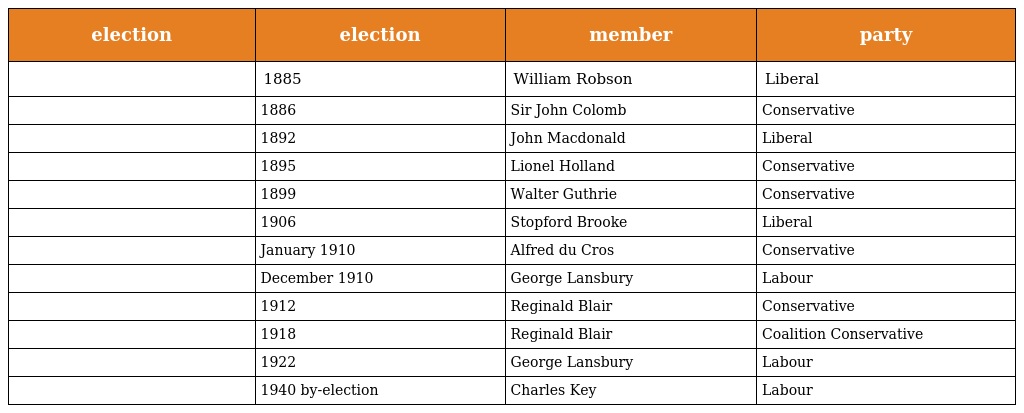
| election | election | member | party |
 | --- | --- | --- | --- |
 |  | 1885 | William Robson | Liberal |
 |  | 1886 | Sir John Colomb | Conservative |
 |  | 1892 | John Macdonald | Liberal |
 |  | 1895 | Lionel Holland | Conservative |
 |  | 1899 | Walter Guthrie | Conservative |
 |  | 1906 | Stopford Brooke | Liberal |
 |  | January 1910 | Alfred du Cros | Conservative |
 |  | December 1910 | George Lansbury | Labour |
 |  | 1912 | Reginald Blair | Conservative |
 |  | 1918 | Reginald Blair | Coalition Conservative |
 |  | 1922 | George Lansbury | Labour |
 |  | 1940 by-election | Charles Key | Labour |